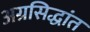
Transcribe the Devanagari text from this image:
अग्रसिद्धांत